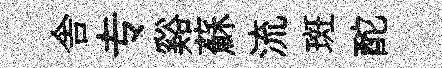
舎专谿蘇流斑酡